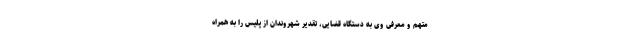
متهم و معرفی وی به دستگاه قضایی، تقدیر شهروندان از پلیس را به همراه